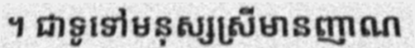
។ ជាទូទៅមនុស្សស្រីមានញាណ